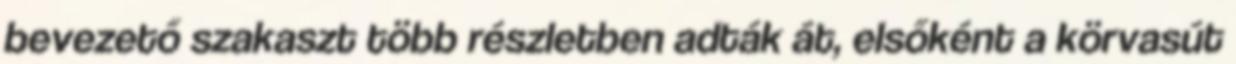
bevezető szakaszt több részletben adták át, elsőként a körvasút